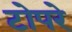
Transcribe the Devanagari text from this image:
टोपरे